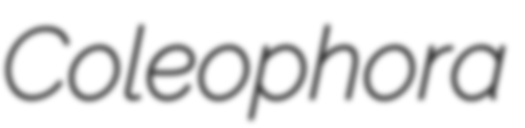
Coleophora